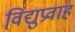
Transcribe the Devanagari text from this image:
विद्युप्रवाह